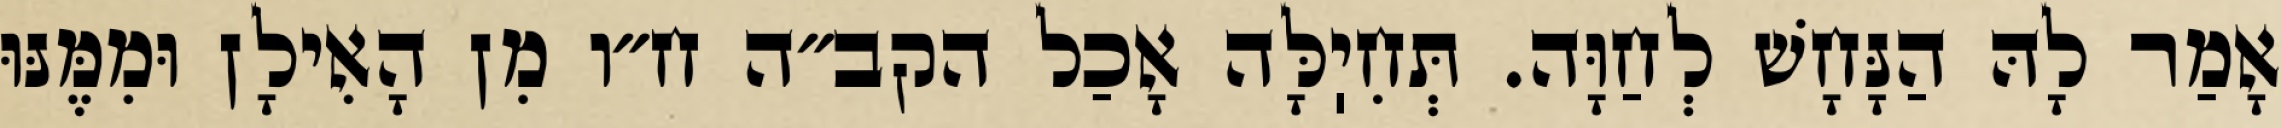
אָמַר לָהּ הַנָּחָשׁ לְחַוָּה. תְּחִיֽלָּה אָכַל הקב״ה ח״ו מִן הָאִילָן וּמִמֶּנּוּ